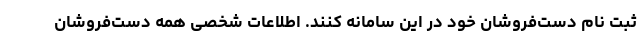
ثبت نام دست‌فروشان خود در این سامانه کنند. اطلاعات شخصی همه دست‌فروشان